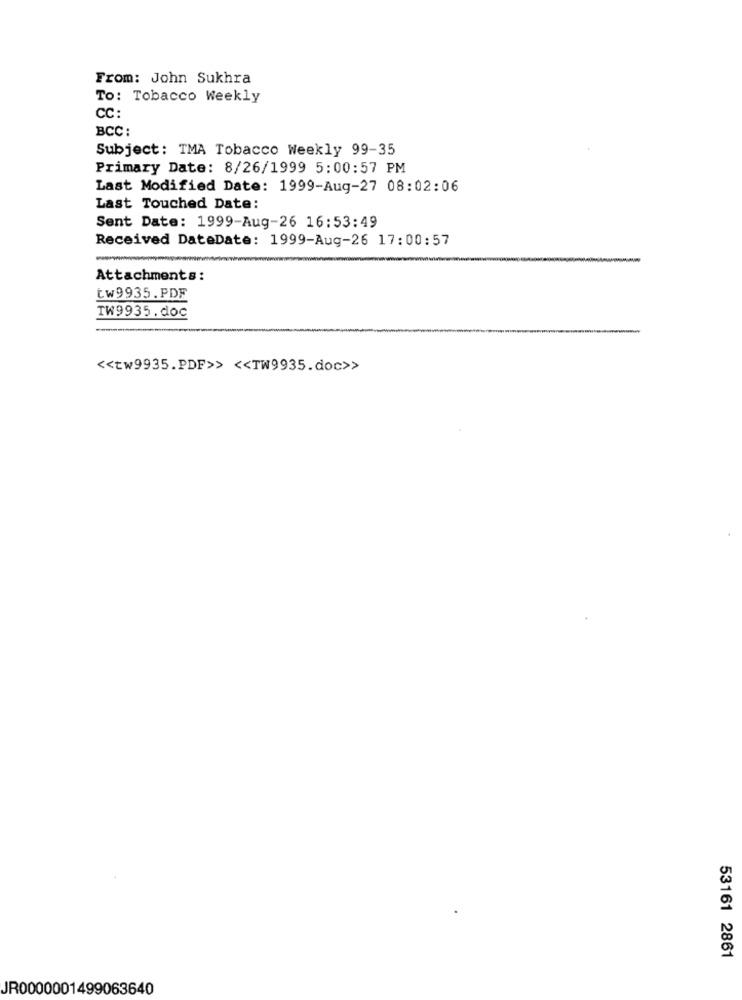
From: John Sukhra
To: Tobacco Weekly
CC:
BCC :
Subject: TMA Tobacco Weekly 99-35
Primary Date: 8/26/1999 5:00:57 PM
Last Modified Date: 1999-Aug-27 08:02:06
Last Touched Date:
Sent Date: 1999-Aug-26 16:53:49
Received DateDate: 1999-Aug-26 17:00:57
Attachments:
tw9935.PDF
TW9935.doc
<< tw9935.PDF>> << TW9935.doc>>
53161 2861
JR0000001499063640